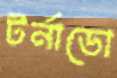
টর্নাডো